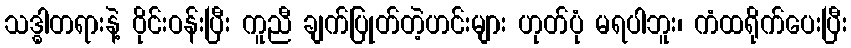
သဒ္ဓါတရားနဲ့ ဝိုင်းဝန်းပြီး ကူညီ ချက်ပြုတ်တဲ့ဟင်းများ ဟုတ်ပုံ မရပါဘူး၊ ကံထရိုက်ပေးပြီး